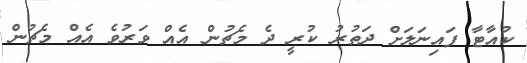
ކުއާޓާ ފައިނަލަށް ދަތުރު ކުރީ ދެ މެޗުން އެއް ވަރުވެ އެއް މެޗުން